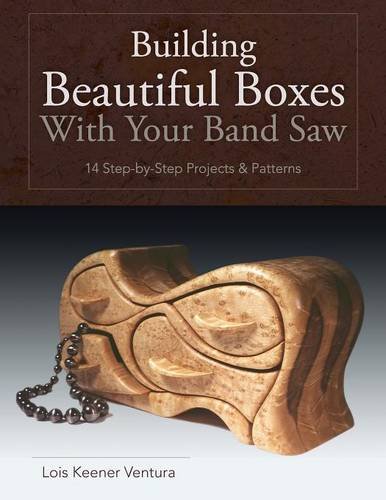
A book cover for Building Beautiful Boxes with Your Band Saw; Lois Ventura; Crafts, Hobbies & Home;